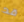
قد